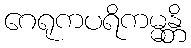
ဂေရုကပရိကမ္မန္တိ